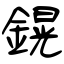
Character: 鎤